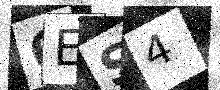
Text: 6ES4